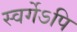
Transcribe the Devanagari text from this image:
स्वर्गेऽपि